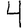
Digit: 4